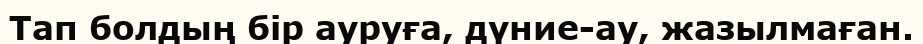
Тап болдың бір ауруға, дүние-ау, жазылмаған.